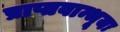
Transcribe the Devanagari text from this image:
प्राप्तवान्भूयः